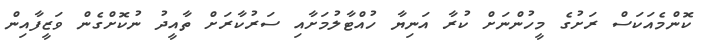
ކޮންމެއަކަސް ރަށުގެ މީހުންނަށް ކުރާ އަނިޔާ ހުއްޓާލުމަށާއި ސަރުކާރަށް ތާއީދު ނުކޮށްގެން ވަޒީފާއިން